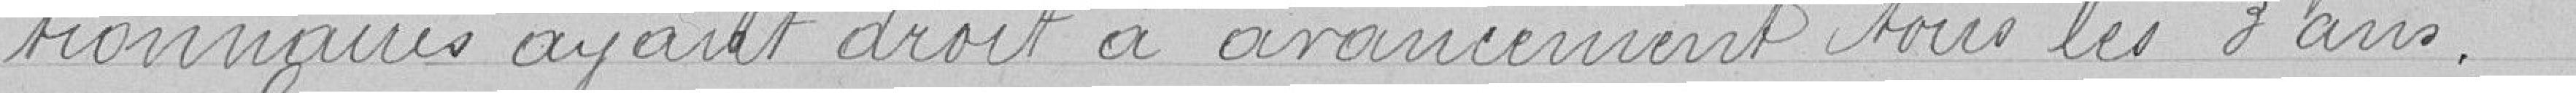
tionnaires ayant droit à avancement tous les 3 ans.